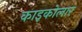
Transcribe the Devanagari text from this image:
काइकोलार